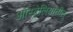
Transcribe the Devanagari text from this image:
ऑस्ट्रेलियातील्